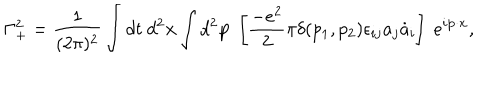
\Gamma _ { + } ^ { 2 } = \frac { 1 } { ( 2 \pi ) ^ { 2 } } \int d t ~ d ^ { 2 } { \bf x } \int d ^ { 2 } { \bf p } ~ \left[ \frac { - e ^ { 2 } } { 2 } \pi \delta ( p _ { 1 } , p _ { 2 } ) \epsilon _ { i j } a _ { j } \dot { a } _ { i } \right] ~ e ^ { i { \bf p } \cdot { \bf x } } ,